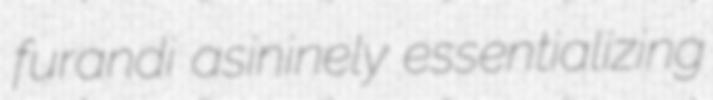
furandi asininely essentializing